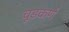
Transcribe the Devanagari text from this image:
चूडकर्ण